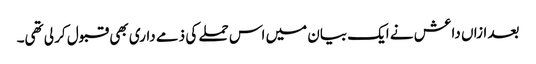
بعد ازاں داعش نے ایک بیان میں اس حملے کی ذمے داری بھی قبول کر لی تھی۔